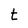
Character: t